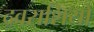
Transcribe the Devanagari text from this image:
द्रवराशियों